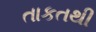
તાકતથી